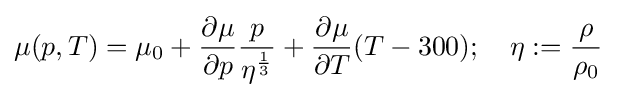
\mu (p,T)=\mu _{0}+{\frac {\partial \mu }{\partial p}}{\frac {p}{\eta ^{\frac {1}{3}}}}+{\frac {\partial \mu }{\partial T}}(T-300);\quad \eta :={\frac {\rho }{\rho _{0}}}